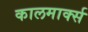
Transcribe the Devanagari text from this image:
कालमार्क्स